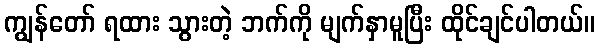
ကျွန်တော် ရထား သွားတဲ့ ဘက်ကို မျက်နှာမူပြီး ထိုင်ချင်ပါတယ်။